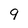
Character: 9